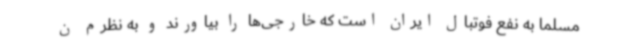
مسلماً به نفع فوتبال ایران است که خارجی‌ها را بیاورند و به نظرم ن